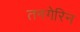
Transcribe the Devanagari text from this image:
तनगेरिन